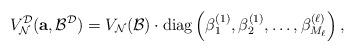
LaTeX: \begin{align*}V^\mathcal{D}_\mathcal{N}(\mathbf{a}, \mathcal{B}^\mathcal{D}) = V_\mathcal{N}(\mathcal{B}) \cdot {\rm diag} \left( \beta_1^{(1)}, \beta_2^{(1)}, \ldots , \beta_{M_\ell}^{(\ell)} \right) ,\end{align*}